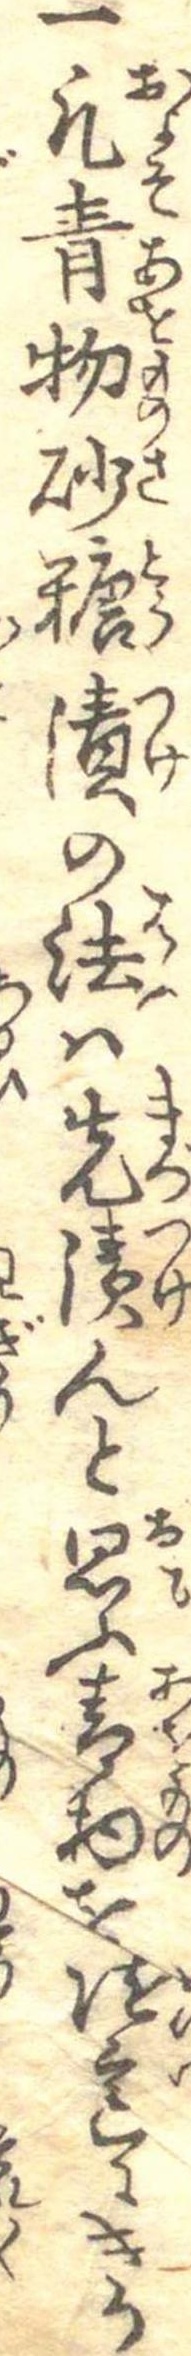
一凡青物砂糖漬の法は先漬んと思ふ青物を随意にきり